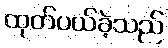
ထုတ်ပယ်ခဲ့သည်